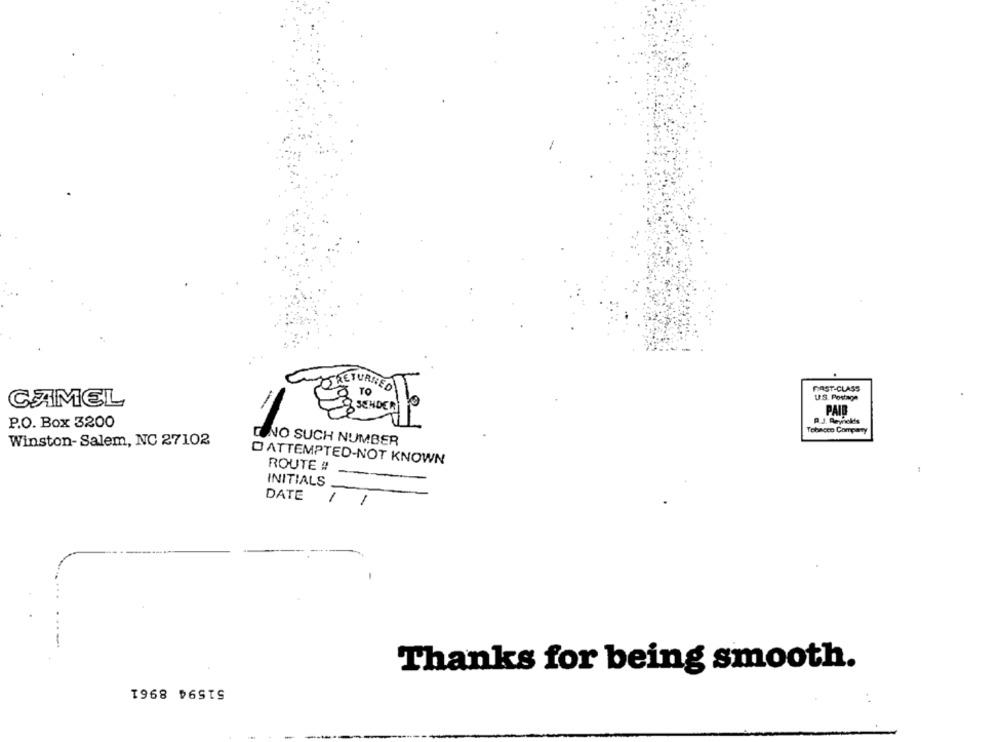
FIRST-CLASS
US. Postage
CAMEL
-
PAID
P.O. Box 3200
1009
Tobacco Company
Winston- Salem, NC 27102
D NO SUCH NUMBER
O ATTEMPTED-NOT KNOWN
ROUTE #
INITIALS
DATE
1
1
Thanks for being smooth.
51594 8961